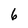
Character: 6